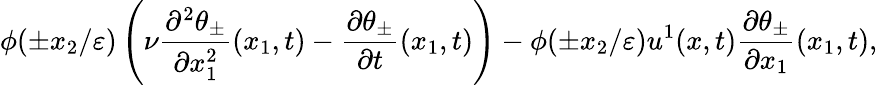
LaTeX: \phi(\pm x_{2}/\varepsilon)\left(\nu\frac{\partial^{2}\theta_{\pm}}{\partial x_{1}^{2}}(x_{1},t)-\frac{\partial\theta_{\pm}}{\partial t}(x_{1},t)\right)-\phi(\pm x_{2}/\varepsilon)u^{1}(x,t)\frac{\partial\theta_{\pm}}{\partial x_{1}}(x_{1},t),